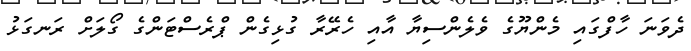
ދެވަނަ ހާފްގައި މެންޔޫގެ ވެލެންސިޔާ އާއި ހެރޭރާ ގުޅިގެން ޕްރެސްޓަންގެ ގޯލަށް ރަނގަޅު